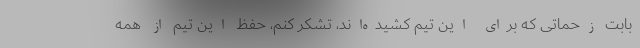
بابت زحماتی که برای این تیم کشیده‌اند، تشکر کنم، حفظ این تیم از همه